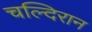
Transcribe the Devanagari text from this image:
चल्दिरान